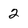
Character: 2